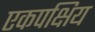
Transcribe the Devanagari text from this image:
एकपक्षिय